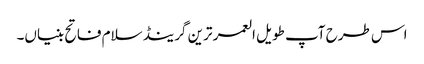
اس طرح آپ طویل العمر ترین گرینڈ سلام فاتح بنیاں۔